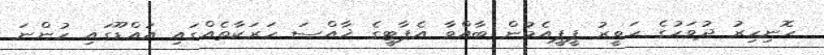
ހޮނިހިރު ދުވަހުގެ ހަވީރު ޕީޕީއެމުން ބާއްވާ އެޕާޓީގެ ޚާއްސަ ހަރަކާތެއްގައި އައްޑޫގައި ހުންނަ